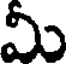
మీ